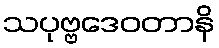
သပုဗ္ဗဒေဝတာနိ